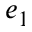
e _ { 1 }